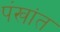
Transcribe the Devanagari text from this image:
पंखांत